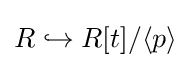
R\hookrightarrow R[t]/\langle p\rangle